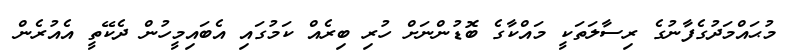
މުޙައްމަދުގެފާނުގެ ރިސާލަތަކީ މައްކާގެ ބޮޑުންނަށް ހުރި ބިރެއް ކަމުގައި އެބައިމީހުން ދެކޭތީ އެއުރެން